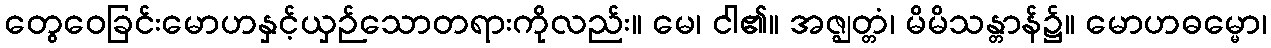
တွေဝေခြင်းမောဟနှင့်ယှဉ်သောတရားကိုလည်း။ မေ၊ ငါ၏။ အဇ္ဈတ္တံ၊ မိမိသန္တာန်၌။ မောဟဓမ္မော၊